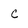
Character: c